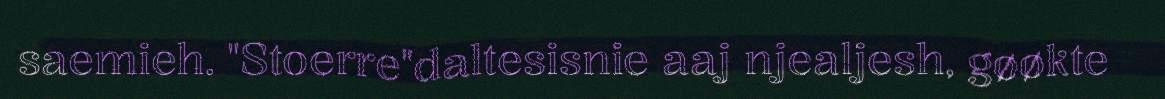
saemieh. "Stoerre"daltesisnie aaj njealjesh, gøøkte